Vaccine operations Central Provinces 1900-1911 - 1900-1911
Year: 1900
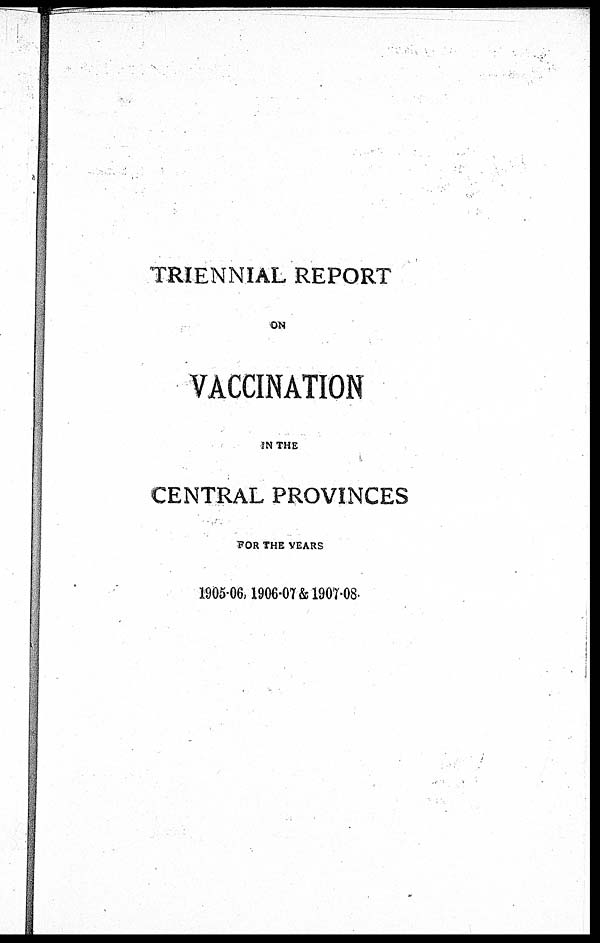
TRIENNIAL REPORT
ON
VACCINATION
IN THE
CENTRAL PROVINCES
FOR THE YEARS
1905-06,1906-07 & 1907-08.